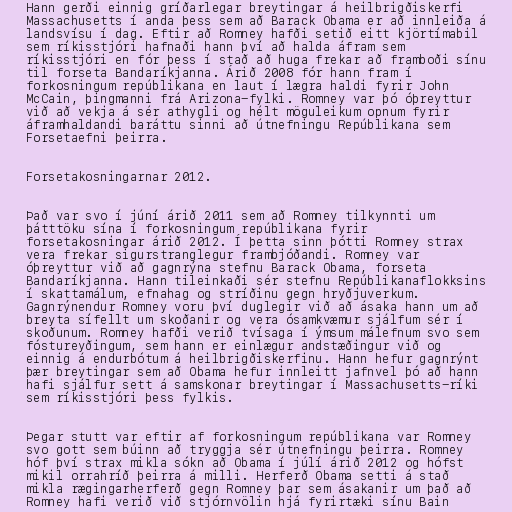
Hann gerði einnig gríðarlegar breytingar á heilbrigðiskerfi
Massachusetts í anda þess sem að Barack Obama er að innleiða á
landsvísu í dag. Eftir að Romney hafði setið eitt kjörtímabil
sem ríkisstjóri hafnaði hann því að halda áfram sem
ríkisstjóri en fór þess í stað að huga frekar að framboði sínu
til forseta Bandaríkjanna. Árið 2008 fór hann fram í
forkosningum repúblikana en laut í lægra haldi fyrir John
McCain, þingmanni frá Arizona-fylki. Romney var þó óþreyttur
við að vekja á sér athygli og hélt möguleikum opnum fyrir
áframhaldandi baráttu sinni að útnefningu Repúblikana sem
Forsetaefni þeirra.

Forsetakosningarnar 2012.

Það var svo í júní árið 2011 sem að Romney tilkynnti um
þátttöku sína í forkosningum repúblikana fyrir
forsetakosningar árið 2012. Í þetta sinn þótti Romney strax
vera frekar sigurstranglegur frambjóðandi. Romney var
óþreyttur við að gagnrýna stefnu Barack Obama, forseta
Bandaríkjanna. Hann tileinkaði sér stefnu Repúblikanaflokksins
í skattamálum, efnahag og stríðinu gegn hryðjuverkum.
Gagnrýnendur Romney voru því duglegir við að ásaka hann um að
breyta sífellt um skoðanir og vera ósamkvæmur sjálfum sér í
skoðunum. Romney hafði verið tvísaga í ýmsum málefnum svo sem
fóstureyðingum, sem hann er einlægur andstæðingur við og
einnig á endurbótum á heilbrigðiskerfinu. Hann hefur gagnrýnt
þær breytingar sem að Obama hefur innleitt jafnvel þó að hann
hafi sjálfur sett á samskonar breytingar í Massachusetts-ríki
sem ríkisstjóri þess fylkis.

Þegar stutt var eftir af forkosningum repúblikana var Romney
svo gott sem búinn að tryggja sér útnefningu þeirra. Romney
hóf því strax mikla sókn að Obama í júlí árið 2012 og hófst
mikil orrahríð þeirra á milli. Herferð Obama setti á stað
mikla rægingarherferð gegn Romney þar sem ásakanir um það að
Romney hafi verið við stjórnvölin hjá fyrirtæki sínu Bain